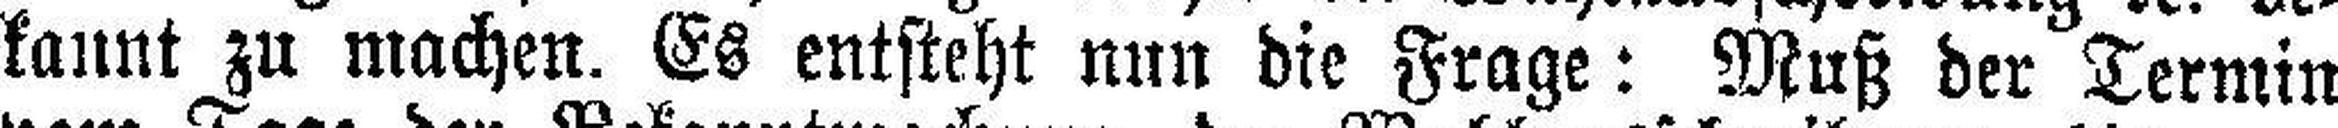
kannt zu machen. Es entsteht nun die Frage: Muß der Termin